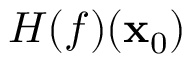
H ( f ) ( \mathbf { x } _ { 0 } )